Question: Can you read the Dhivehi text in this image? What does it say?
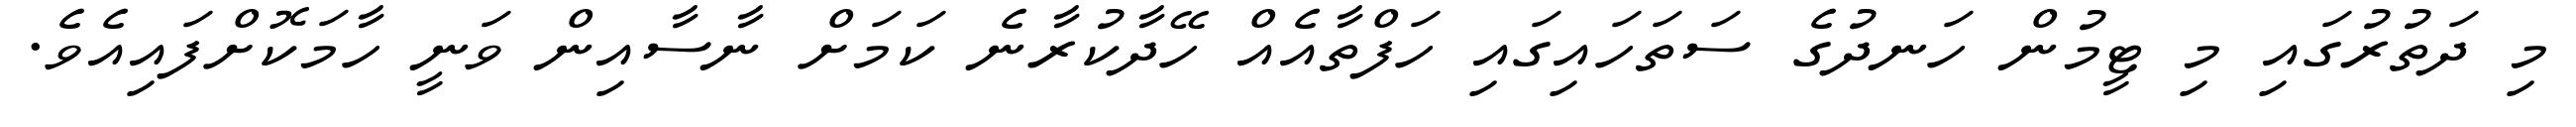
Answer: މި ދަތުރުގައި މި ޓީމުން ހަނދުގެ ސަތަހައިގައި ހަފްތާއެއް ހޭދާކުރާނެ ކަމަށް ނާސާއިން ވަނީ ހާމަކޮށްފައިއެވެ.